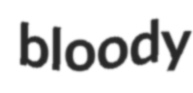
bloody